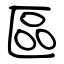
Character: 區